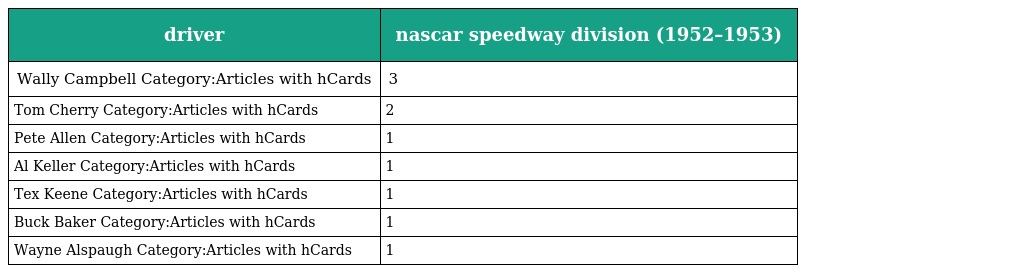
| driver | nascar speedway division (1952–1953) |
 | --- | --- |
 | Wally Campbell Category:Articles with hCards | 3 |
 | Tom Cherry Category:Articles with hCards | 2 |
 | Pete Allen Category:Articles with hCards | 1 |
 | Al Keller Category:Articles with hCards | 1 |
 | Tex Keene Category:Articles with hCards | 1 |
 | Buck Baker Category:Articles with hCards | 1 |
 | Wayne Alspaugh Category:Articles with hCards | 1 |